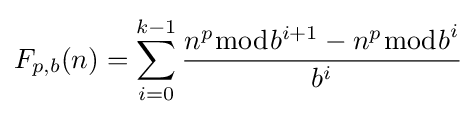
F_{p,b}(n)=\sum _{i=0}^{k-1}{\frac {n^{p}{\bmod {b^{i+1}}}-n^{p}{\bmod {b}}^{i}}{b^{i}}}